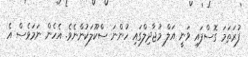
ފުރަތަމަ ގޮސްފައި ވަނީ އަލް މުޖާދިލްގައި ހުންނަ ސްކޫލަކުންނެވެ. އެހެން ނަމަވެސް އެ